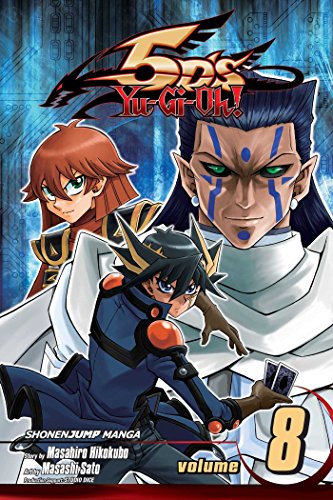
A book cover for Yu-Gi-Oh! 5D's, Vol. 8; Masahiro Hikokubo; Comics & Graphic Novels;